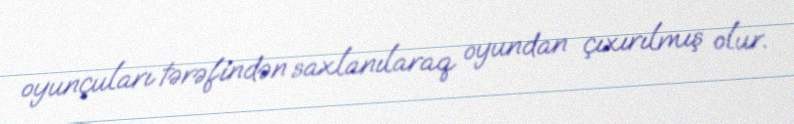
oyunçuları tərəfindən saxlanılaraq oyundan çıxırılmış olur.